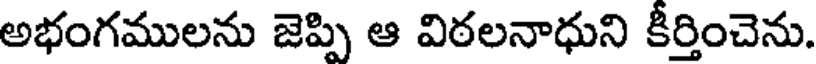
అభంగములను జెప్పి ఆ విఠలనాధుని కీర్తించెను.